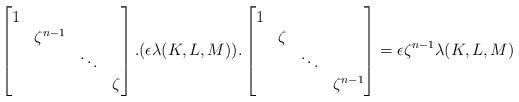
LaTeX: \begin{align*}\begin{bmatrix} 1 & & & \\ & \zeta^{n-1} & & \\ & & \ddots & \\ & & & \zeta \end{bmatrix}.(\epsilon \lambda (K,L,M)). \begin{bmatrix} 1 & & & \\ & \zeta & & \\ & & \ddots & \\ & & & \zeta^{n-1} \end{bmatrix} =\epsilon \zeta^{n-1} \lambda (K,L,M) \end{align*}